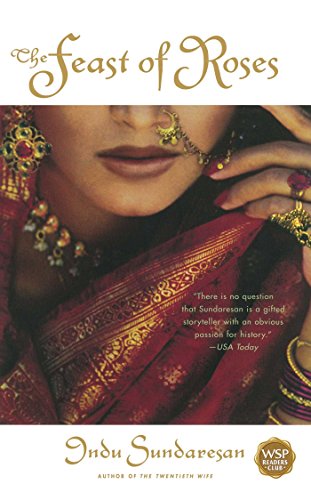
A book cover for The Feast of Roses: A Novel; Indu Sundaresan; Romance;